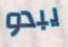
يبدو